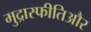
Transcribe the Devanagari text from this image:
मुद्रास्फीतिऔर